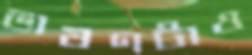
ভাষণটাও